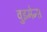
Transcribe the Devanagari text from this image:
वुइमेन्स